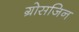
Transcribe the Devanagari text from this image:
ग्रोसजिन